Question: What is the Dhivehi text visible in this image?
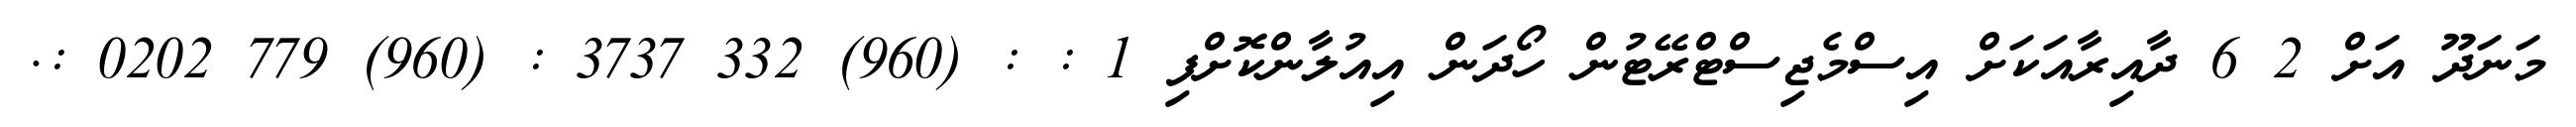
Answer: މަނަދޫ އަށް 2 6 ދާއިރާއަކަށް އިސްމެޖިސްޓްރޭޓުން ހޯދަން އިއުލާންކޮށްފި 1 : : (960) 332 3737 : (960) 779 0202 :.